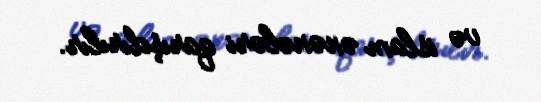
və islam ənənələri qarışdırılır.